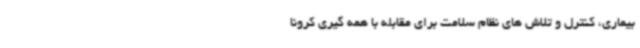
بیماری، کنترل و تلاش های نظام سلامت برای مقابله با همه گیری کرونا